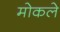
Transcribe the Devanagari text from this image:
मोकले